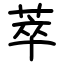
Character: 萃